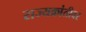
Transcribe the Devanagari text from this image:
राज्यक्रांतीवर